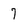
Character: 7